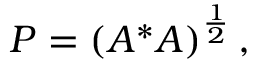
P = \left( A ^ { * } A \right) ^ { \frac { 1 } { 2 } } ,